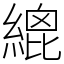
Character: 𦃋